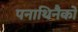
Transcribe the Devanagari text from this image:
पनाथिनैको